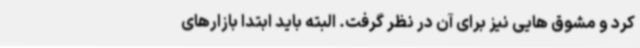
کرد و مشوق هایی نیز برای آن در نظر گرفت. البته باید ابتدا بازارهای